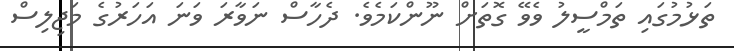
ތަޅުމުގައި ތަމްސީލު ވެވޭ ގޮތަށް ނޫންކަމެވެ. ދެހާސް ނަވާރަ ވަނަ އަހަރުގެ މަޖިލިސް